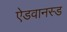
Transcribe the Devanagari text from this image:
ऐडवानस्ड